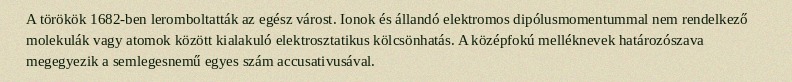
A törökök 1682-ben leromboltatták az egész várost. Ionok és állandó elektromos dipólusmomentummal nem rendelkező molekulák vagy atomok között kialakuló elektrosztatikus kölcsönhatás. A középfokú melléknevek határozószava megegyezik a semlegesnemű egyes szám accusativusával.